Source: Handwritten
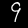
Digit: ၄ (4)